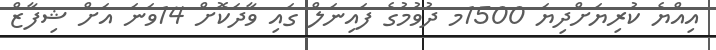
އިއްޔެ ކުރިޔަށްދިޔަ 1500މ ދުވުމުގެ ފައިނަލް ގައި ވާދަކޮށް 14ވަނަ އަށް ޝިފާޒް